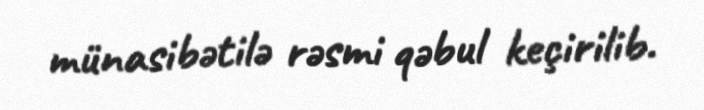
münasibətilə rəsmi qəbul keçirilib.